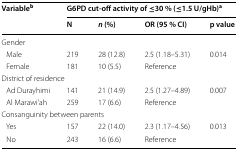
| <ROWSPAN=2> Variableb | <COLSPAN=4> G6PD cut-off activity of ≤30 % (≤1.5 U/gHb)a |
 | N | n (%) | OR (95 % CI) | p value |
 | --- | --- | --- | --- | --- |
 | <COLSPAN=5> Gender |
 | Male | 219 | 28 (12.8) | 2.5 (1.18–5.31) | 0.014 |
 | Female | 181 | 10 (5.5) | Reference |  |
 | <COLSPAN=5> District of residence |
 | Ad Durayhimi | 141 | 21 (14.9) | 2.5 (1.27–4.89) | 0.007 |
 | Al Marawi’ah | 259 | 17 (6.6) | Reference |  |
 | <COLSPAN=5> Consanguinity between parents |
 | Yes | 157 | 22 (14.0) | 2.3 (1.17–4.56) | 0.013 |
 | No | 243 | 16 (6.6) | Reference |  |